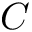
C